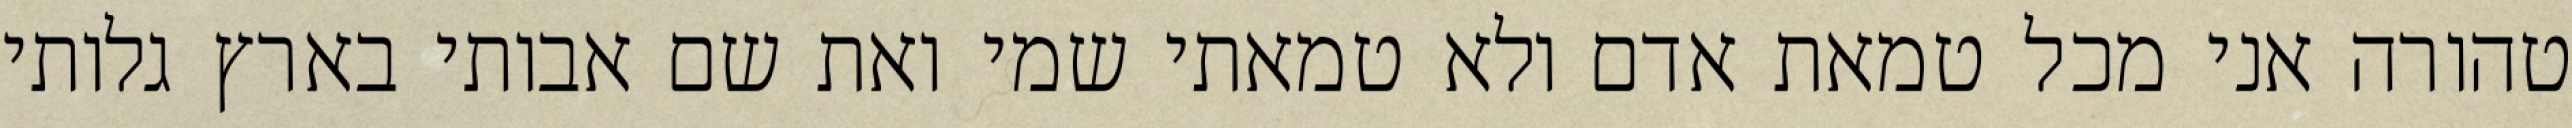
טהורה אני מכל טמאת אדם ולא טמאתי שמי ואת שם אבותי בארץ גלותי